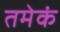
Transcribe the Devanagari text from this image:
तमेकं